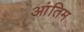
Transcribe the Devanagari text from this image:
आंतिम